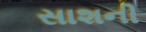
સાશની